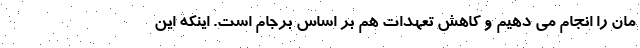
مان را انجام می دهیم و کاهش تعهدات هم بر اساس برجام است. اینکه این